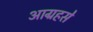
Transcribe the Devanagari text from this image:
आग्रहसे